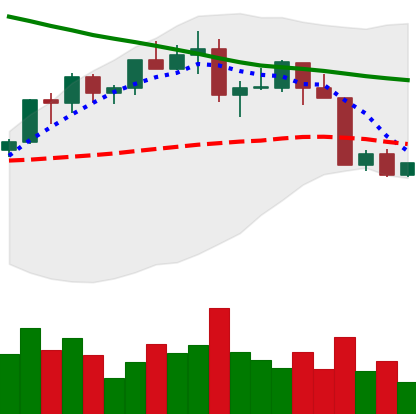
Ticker: LTC-USD
Chart end date: 2022-04-09
Forward return: -4.758%
Label: down_3_5